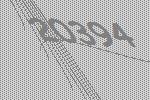
20394